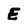
Character: E